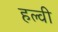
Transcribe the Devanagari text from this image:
हल्वी